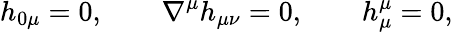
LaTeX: h_{0\mu}=0,\qquad\nabla^{\mu}h_{\mu\nu}=0,\qquad h_{\mu}^{\mu}=0,